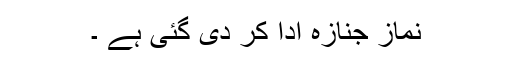
نماز جنازہ ادا کر دی گئی ہے ۔